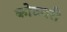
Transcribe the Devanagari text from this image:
कोठवरी